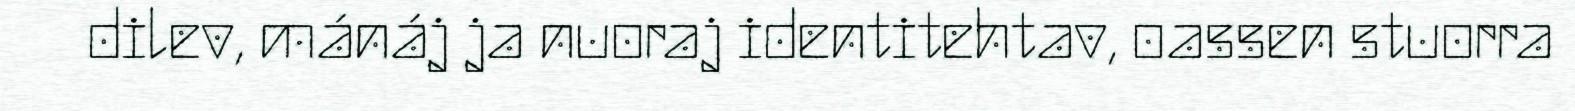
dilev, mánáj ja nuoraj identitehtav, oassen stuorra